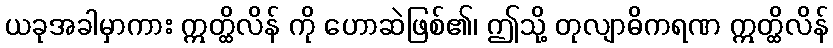
ယခုအခါမှာကား ဣတ္ထိလိန် ကို ဟောဆဲဖြစ်၏၊ ဤသို့ တုလျာဓိကရဏ ဣတ္ထိလိန်